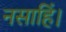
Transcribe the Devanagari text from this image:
नसाहिं।